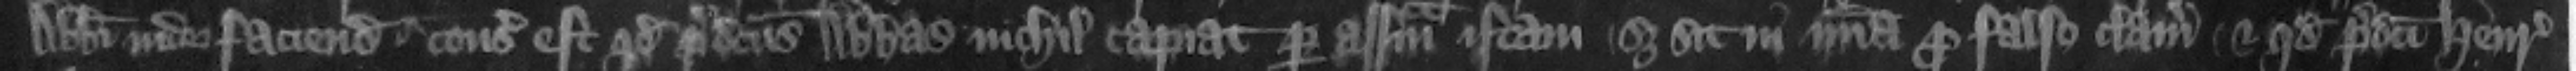
abbati inde facienda consideratum est quod predictus abbas nichil capiat per assisam istam set sit in misericordia pro falso clamore et quod predicti Henricus